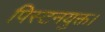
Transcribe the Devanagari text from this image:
पिस्टनयुक्त।